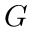
G